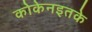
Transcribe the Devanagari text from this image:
कोकेनइतके